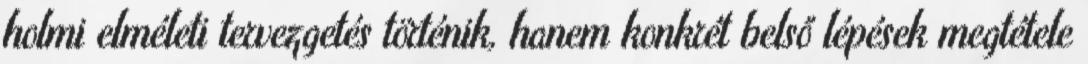
holmi elméleti tervezgetés történik, hanem konkrét belső lépések megtétele